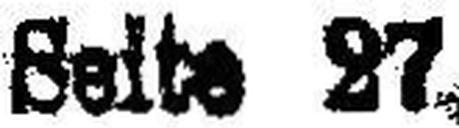
Seite 27.